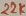
Text: 22K